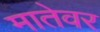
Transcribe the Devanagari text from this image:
मातेवर